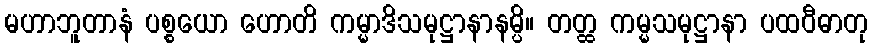
မဟာဘူတာနံ ပစ္စယော ဟောတိ ကမ္မာဒိသမုဋ္ဌာနာနမ္ပိ။ တတ္ထ ကမ္မသမုဋ္ဌာနာ ပထဝီဓာတု